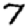
Digit: 7